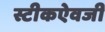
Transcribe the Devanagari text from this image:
स्टीकऐवजी